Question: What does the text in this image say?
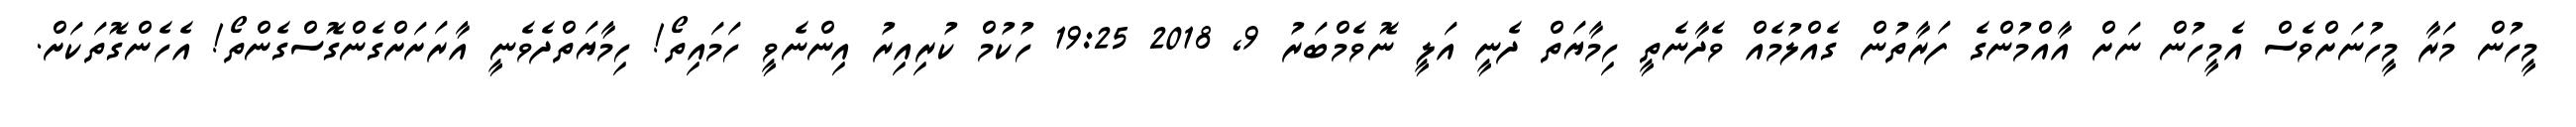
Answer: މީހުން މަރާ މީހުނަށްވެސް އެމީހުން ނަށް އާއްމުންގެ ފަރާތުން ގެއްލުމެއް ވެދާނެތީ ހިމާޔަތް ދެނީ އަލީ ނޮވެމްބަރު 9, 2018 19:25 ހުކުމް ކުރިއިރު އިންނެވީ ހަމައިތޯ! ހިމާޔަތްދެވެނީ އާރަށަށްގެންގޮސްގެންތޯ! އެހެންގޮތަކަށް.